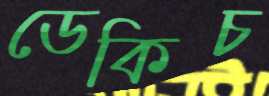
ডেকিচ